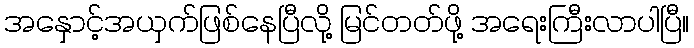
အနှောင့်အယှက်ဖြစ်နေပြီလို့ မြင်တတ်ဖို့ အရေးကြီးလာပါပြီ။